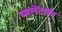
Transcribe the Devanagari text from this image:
व्हलेंटाईन